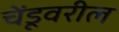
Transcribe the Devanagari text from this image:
चेंडूवरील